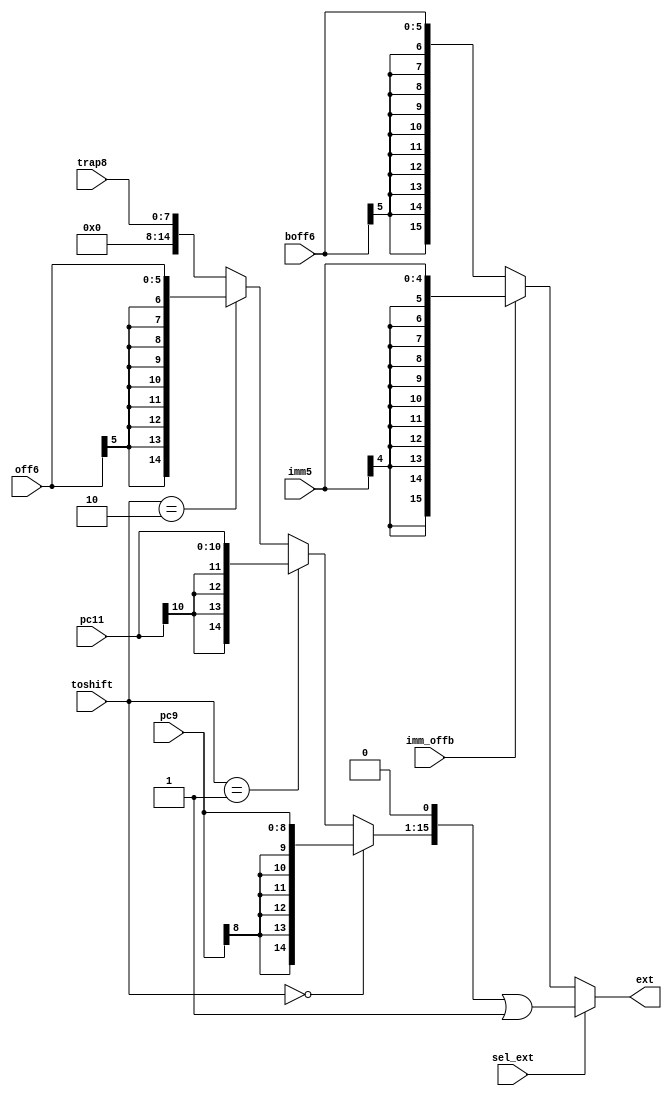
//sign extension, zero extension, shift 
module extend(ext, imm_offb, toshift, sel_ext, imm5, boff6, pc9, pc11, off6, trap8);
output [15:0] ext;
input [4:0] imm5;
input [5:0] boff6;
input [8:0] pc9;
input [10:0] pc11;
input [5:0] off6;
input [7:0] trap8;

input imm_offb;
input [1:0] toshift;
input sel_ext;

wire [15:0] ext_imm5;                           //sign extension of corresponding signals
assign ext_imm5[4:0]=imm5[4:0];
assign ext_imm5[15:5]={11{imm5[4]}};

wire [15:0] ext_boff6;
assign ext_boff6[5:0]=boff6[5:0];
assign ext_boff6[15:6]={10{boff6[5]}};

wire [15:0] ext_pc9;
assign ext_pc9[8:0]=pc9[8:0];
assign ext_pc9[15:9]={7{pc9[8]}};

wire [15:0] ext_pc11;
assign ext_pc11[10:0]=pc11[10:0];
assign ext_pc11[15:11]={5{pc11[10]}};

wire [15:0] ext_off6;
assign ext_off6[5:0]=off6[5:0];
assign ext_off6[15:6]={10{off6[5]}};

wire [15:0] ext_trap8;                                //zero extension
assign ext_trap8[7:0]=trap8[7:0];
assign ext_trap8[15:8]=8'b0;

wire [15:0] m1;
wire [15:0] m2;

assign m1   = (imm_offb == 1'b1) ? ext_imm5[15:0]:        //mux for type 1 (sign extension alone)
                                   ext_boff6[15:0];

assign m2   = (toshift == 2'b00) ? ext_pc9[15:0]:        //mux of type 2 (sign/zero extension followed with shift)
              (toshift == 2'b01) ? ext_pc11[15:0]:
	      (toshift == 2'b10) ? ext_off6[15:0]:
				   ext_trap8[15:0];
              
wire [15:0] m3;

assign m3 = (m2<<1)|16'b1;                                  //shift

assign ext = (sel_ext == 1'b0) ? m1: 
                                 m3;



endmodule